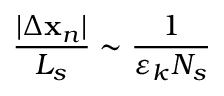
\frac { | \Delta \mathbf { x } _ { n } | } { L _ { s } } \sim \frac { 1 } { \varepsilon _ { k } N _ { s } }